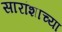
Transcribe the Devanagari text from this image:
सारांशाच्या